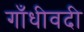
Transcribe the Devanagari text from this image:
गाँधीवदी